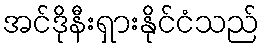
အင်ဒိုနီးရှားနိုင်ငံသည်